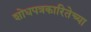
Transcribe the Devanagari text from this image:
शोधपत्रकारितेच्या